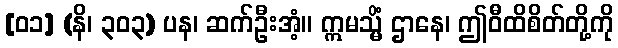
[၀၁] (နိ၊ ၃၀၃) ပန၊ ဆက်ဦးအံ့။ ဣမသ္မိံ ဌာနေ၊ ဤဝီထိစိတ်တို့ကို